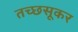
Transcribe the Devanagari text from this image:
तच्छसूकर